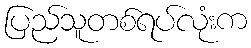
ပြည်သူတစ်ရပ်လုံးက